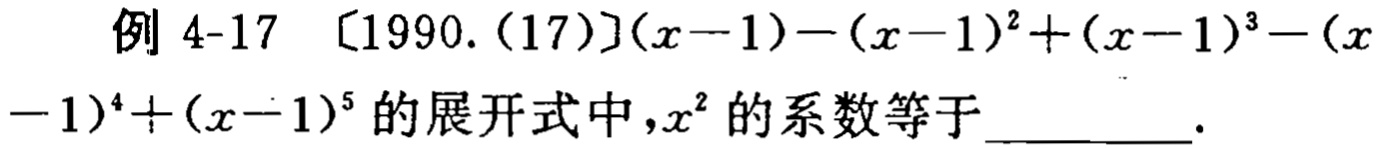
例 4-17 〔1990.(17)$](x - 1) - (x - 1)^2 + (x - 1)^3 - (x - 1)^4 + (x - 1)^5$的展开式中，$x^2$ 的系数等于 _________.